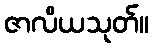
ဇာလိယသုတ်။